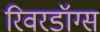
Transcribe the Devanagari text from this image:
रिवरडॉग्स